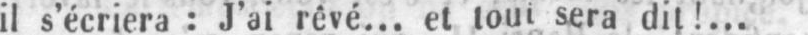
il s’écriera: J’ai rêvé... et tout sera dit!...